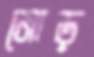
মোড়